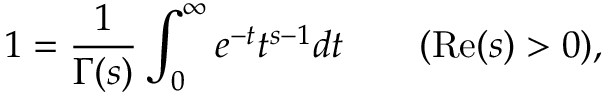
1 = { \frac { 1 } { \Gamma ( s ) } } \int _ { 0 } ^ { \infty } e ^ { - t } t ^ { s - 1 } d t \qquad ( \operatorname { R e } ( s ) > 0 ) ,